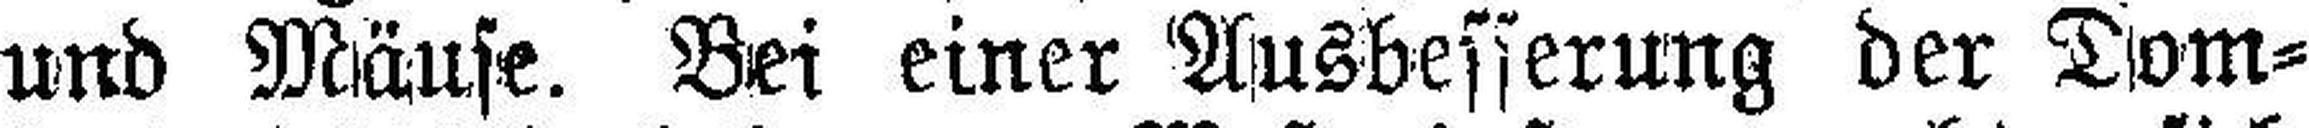
und Mäuse. Bei einer Ausbesserung der Dom¬